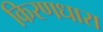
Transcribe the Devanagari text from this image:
किरणधारा